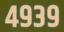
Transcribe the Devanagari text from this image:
४९३९